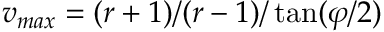
v _ { m a x } = ( r + 1 ) / ( r - 1 ) / \tan ( \varphi / 2 )